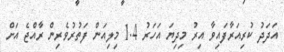
އަދަދު ކުރިއަރާފައިވާ އިރު މިދިޔަ އަހަރު 1.4 މިލިއަން ފަތުރުވެރިން ރާއްޖެ އަށް